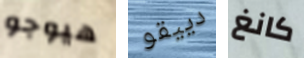
هيوجو دييقو كانغ